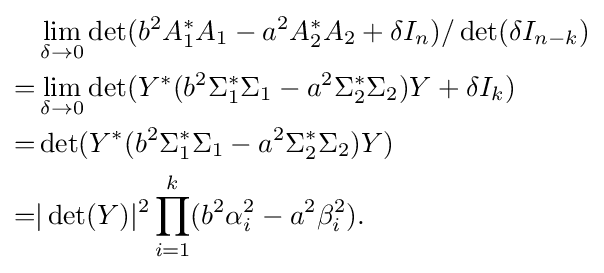
{\begin{aligned}{}&\lim _{\delta \to 0}\det(b^{2}A_{1}^{*}A_{1}-a^{2}A_{2}^{*}A_{2}+\delta I_{n})/\det(\delta I_{n-k})\\=&\lim _{\delta \to 0}\det(Y^{*}(b^{2}\Sigma _{1}^{*}\Sigma _{1}-a^{2}\Sigma _{2}^{*}\Sigma _{2})Y+\delta I_{k})\\=&\det(Y^{*}(b^{2}\Sigma _{1}^{*}\Sigma _{1}-a^{2}\Sigma _{2}^{*}\Sigma _{2})Y)\\=&|\det(Y)|^{2}\prod _{i=1}^{k}(b^{2}\alpha _{i}^{2}-a^{2}\beta _{i}^{2}).\end{aligned}}